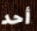
أحد